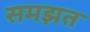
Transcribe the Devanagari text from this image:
समझत